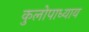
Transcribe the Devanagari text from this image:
कुलोपाध्याय